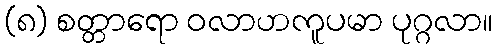
(၈) စတ္တာရော ဝလာဟကူပမာ ပုဂ္ဂလာ။